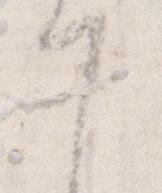
謹